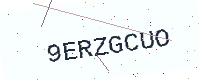
Text: 9ERZGCUO